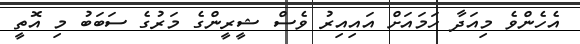
އެހެންވެ މިއަދާ ހަމައަށް އައިއިރު ވެސް ޝީރީންގެ މަރުގެ ސަބަބު މި އޮތީ